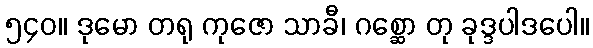
၅၄၀။ ဒုမော တရု ကုဇော သာခီ၊ ဂစ္ဆော တု ခုဒ္ဒပါဒပေါ။